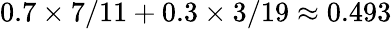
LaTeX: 0.7\times 7/11+0.3\times 3/19\approx 0.493